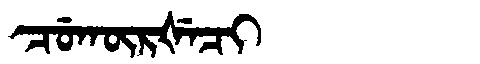
Manchu: ᠴᡠᡴᡡᡵᡧᡝᠴᡳ
Romanization: CUKŪRŠECI